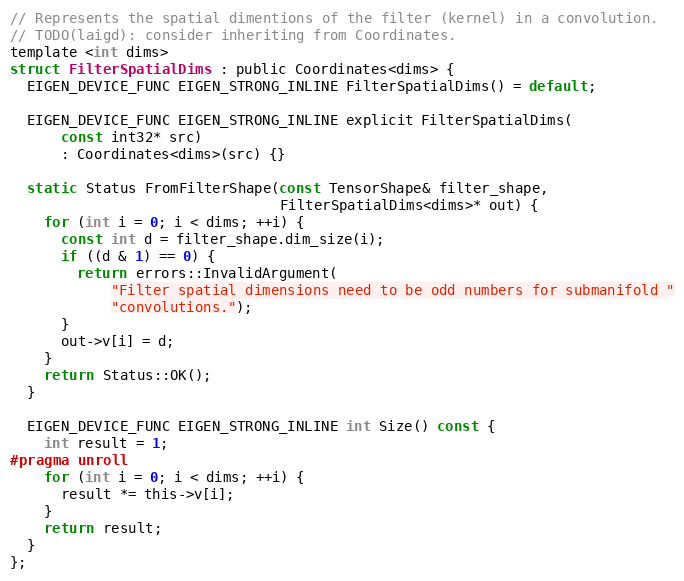
Language: C
// Represents the spatial dimentions of the filter (kernel) in a convolution.
// TODO(laigd): consider inheriting from Coordinates.
template <int dims>
struct FilterSpatialDims : public Coordinates<dims> {
  EIGEN_DEVICE_FUNC EIGEN_STRONG_INLINE FilterSpatialDims() = default;

  EIGEN_DEVICE_FUNC EIGEN_STRONG_INLINE explicit FilterSpatialDims(
      const int32* src)
      : Coordinates<dims>(src) {}

  static Status FromFilterShape(const TensorShape& filter_shape,
                                FilterSpatialDims<dims>* out) {
    for (int i = 0; i < dims; ++i) {
      const int d = filter_shape.dim_size(i);
      if ((d & 1) == 0) {
        return errors::InvalidArgument(
            "Filter spatial dimensions need to be odd numbers for submanifold "
            "convolutions.");
      }
      out->v[i] = d;
    }
    return Status::OK();
  }

  EIGEN_DEVICE_FUNC EIGEN_STRONG_INLINE int Size() const {
    int result = 1;
#pragma unroll
    for (int i = 0; i < dims; ++i) {
      result *= this->v[i];
    }
    return result;
  }
};